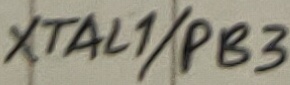
Text: XTAL1/PB3